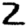
Digit: 2